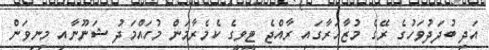
އަދި ބުދަދުވަހުގެ ރޭގެ މުޒާހަރާގައި ރާއްޖެ ޓީވީގެ ކެމެރާމަން މުހައްމަދު ޝަނޫނާއި މިނިވަން